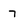
Character: 7